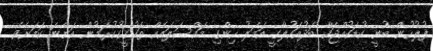
ފުލުހުން ބުނީ ކުޑަކުއްޖަކާ ބަދުއަހުލާގީ އަމަލު ހިންގި މައްސަލައެއް ތަހުގީގުކުރަމުން އަންނަ ކަމަށެވެ.